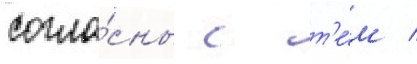
согла́сны с т'е́м /